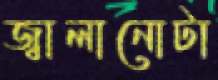
জ্বালানোটা